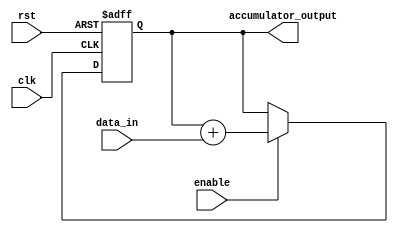
module accumulator(
    input clk,
    input rst,
    input [7:0] data_in,
    input enable,
    output reg [15:0] accumulator_output
);

reg [15:0] accumulator_reg;

always @(posedge clk or posedge rst)
begin
    if (rst)
        accumulator_reg <= 16'b0;
    else if (enable)
        accumulator_reg <= accumulator_reg + data_in;
end

assign accumulator_output = accumulator_reg;

endmodule